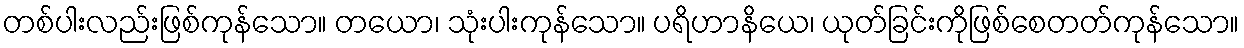
တစ်ပါးလည်းဖြစ်ကုန်သော။ တယော၊ သုံးပါးကုန်သော။ ပရိဟာနိယေ၊ ယုတ်ခြင်းကိုဖြစ်စေတတ်ကုန်သော။